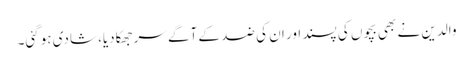
والدین نے بھی بچوں کی پسند اور ان کی ضد کے آگے سرجھکادیا، شادی ہوگئی۔